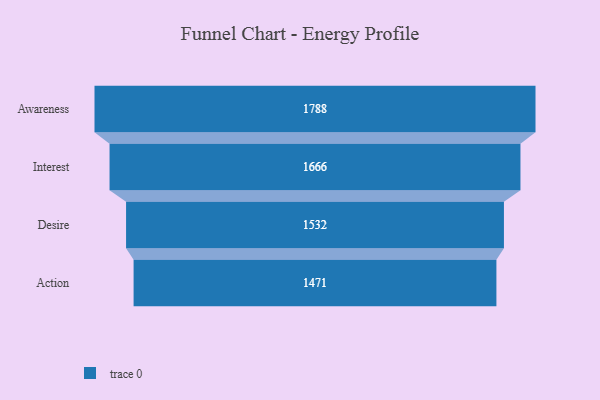
{"axis": {"x": "Stage", "y": "Value"}, "legend": [""], "data": [{"x": "Awareness", "y": 1788.0, "type": ""}, {"x": "Interest", "y": 1666.0, "type": ""}, {"x": "Desire", "y": 1532.0, "type": ""}, {"x": "Action", "y": 1471.0, "type": ""}]}